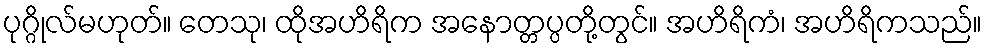
ပုဂ္ဂိုလ်မဟုတ်။ တေသု၊ ထိုအဟိရိက အနောတ္တပ္ပတို့တွင်။ အဟိရိကံ၊ အဟိရိကသည်။